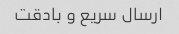
ارسال سریع و بادقت